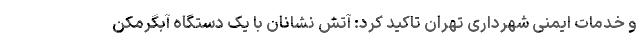
و خدمات ایمنی شهرداری تهران تاکید کرد: آتش نشانان با یک دستگاه آبگرمکن